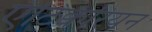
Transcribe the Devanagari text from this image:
एंटिक्वेरियन